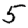
Digit: 5